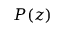
P ( z )